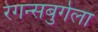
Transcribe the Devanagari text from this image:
रेगन्सबुर्गला